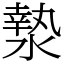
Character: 漐